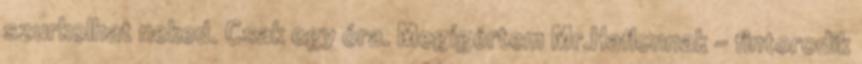
szurkolhat neked. Csak egy óra. Megígértem Mr.Haflonnak - fintorodik